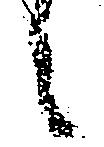
候